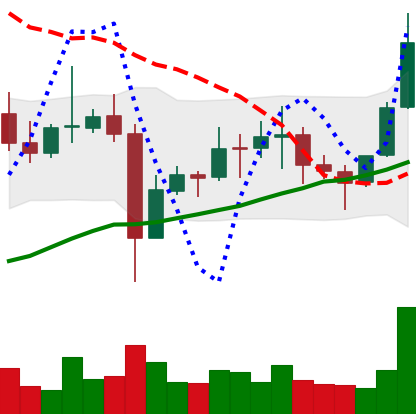
Ticker: EOS-USD
Chart end date: 2021-11-09
Forward return: -4.762%
Label: down_3_5